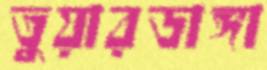
তুয়ারডাঙ্গা